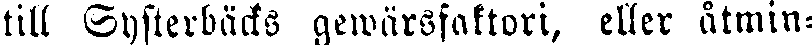
till Systerbäcks gewärsfaktori, eller åtmin-